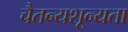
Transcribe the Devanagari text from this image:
चैतन्यशून्यता